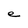
Character: e